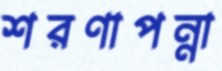
শরণাপন্না